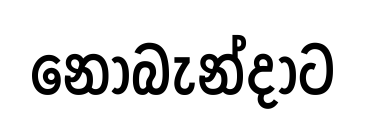
නොබැන්දාට